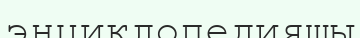
энциклопедияшы